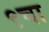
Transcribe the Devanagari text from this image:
९चा